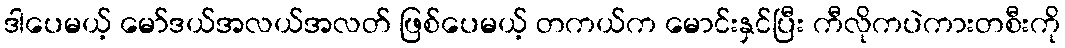
ဒါပေမယ့် မော်ဒယ်အလယ်အလတ် ဖြစ်ပေမယ့် တကယ်က မောင်းနှင်ပြီး ကီလိုကပဲကားတစီးကို